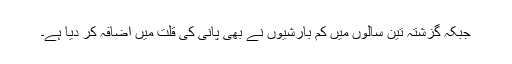
جبکہ گزشتہ تین سالوں میں کم بارشیوں نے بھی پانی کی قلت میں اضافہ کر دیا ہے۔